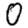
Digit: 0